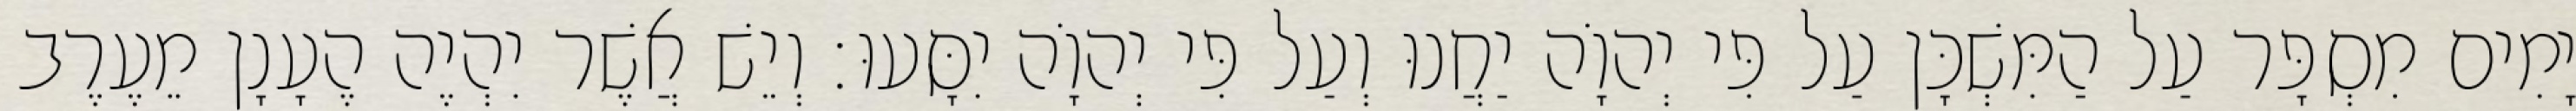
יָמִים מִסְפָּר עַל הַמִּשְׁכָּן עַל פִּי יְהוָֹה יַחֲנוּ וְעַל פִּי יְהוָֹה יִסָּעוּ׃ וְיֵשׁ אֲשֶׁר יִהְיֶה הֶעָנָן מֵעֶרֶב